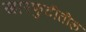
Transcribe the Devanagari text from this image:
खारफुटीतील